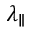
\lambda _ { \parallel }